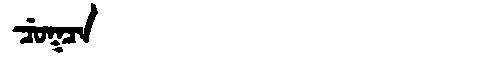
Manchu: ᠴᡠᡴᠴᠠ
Romanization: CUKCA